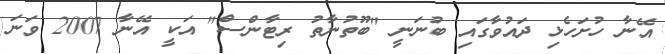
އޭނާ ހުށަހެޅި ދައުވާގައި ބުނަނީ "ބޫތުނާތު ރިޓާންސް" އަކީ އޭނާ 2007 ވަނަ